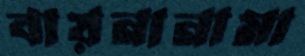
বায়নানামা